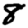
Digit: 8